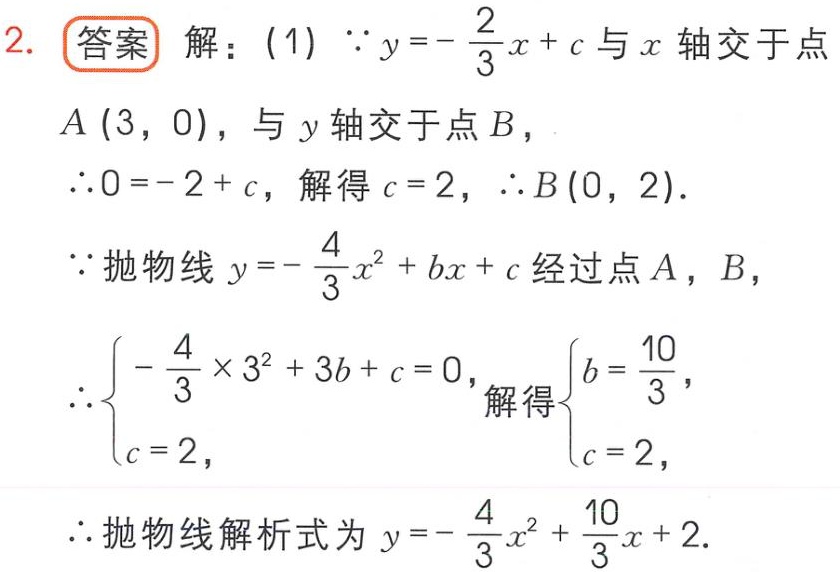
2. 答案 解：(1) \(\because y = -\frac{2}{3}x + c\) 与 \(x\) 轴交于点 \(A(3,0)\)，与 \(y\) 轴交于点 \(B\)，
\(\therefore 0=-2 + c\)，解得 \(c = 2\)，\(\therefore B(0,2)\).
\(\because\) 抛物线 \(y = -\frac{4}{3}x^{2}+bx + c\) 经过点 \(A\)，\(B\)，
\(\therefore\begin{cases}-\frac{4}{3}\times3^{2}+3b + c = 0,\\c = 2,\end{cases}\) 解得\(\begin{cases}b=\frac{10}{3},\\c = 2,\end{cases}\)
\(\therefore\) 抛物线解析式为 \(y = -\frac{4}{3}x^{2}+\frac{10}{3}x + 2\).